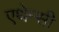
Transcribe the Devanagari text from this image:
एथेन्सी